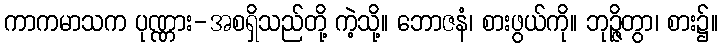
ကာကမာသက ပုဏ္ဏား-အစရှိသည်တို့ ကဲ့သို့။ ဘောဇနံ၊ စားဖွယ်ကို။ ဘုဉ္ဇိတွာ၊ စား၌။